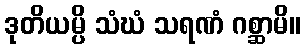
ဒုတိယမ္ပိ သံဃံ သရဏံ ဂစ္ဆာမိ။